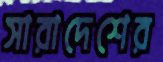
সারাদেশের